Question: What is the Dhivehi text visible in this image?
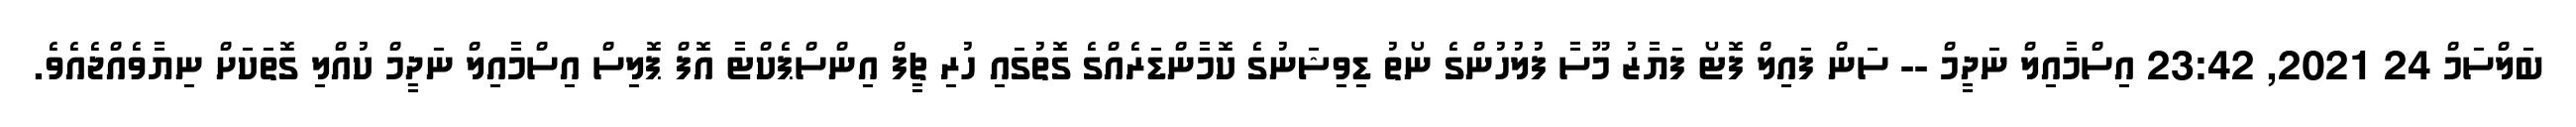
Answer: ބަލްސަމް 24 2021, 23:42 އިސްމާއިލް ނަދީމް -- ސަން ފައިލް ފޮޓޯ ފަޔާޒު މޫސާ ފުލުހުންގެ ނޯތު ޑިވިޝަނުގެ ކޮމާންޑަރެއްގެ ގޮތުގައި ހުރި ޗީފް އިންސްޕެކްޓާ އޮފް ޕޮލިސް އިސްމާއިލް ނަދީމް ކުއްލި ގޮތަކަށް ނިޔާވެއްޖެއެވެ.